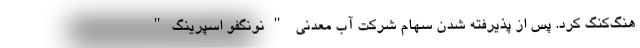
هنگ‌کنگ کرد. پس از پذیرفته شدن سهام شرکت آب معدنی "نونگفو اسپرینگ"